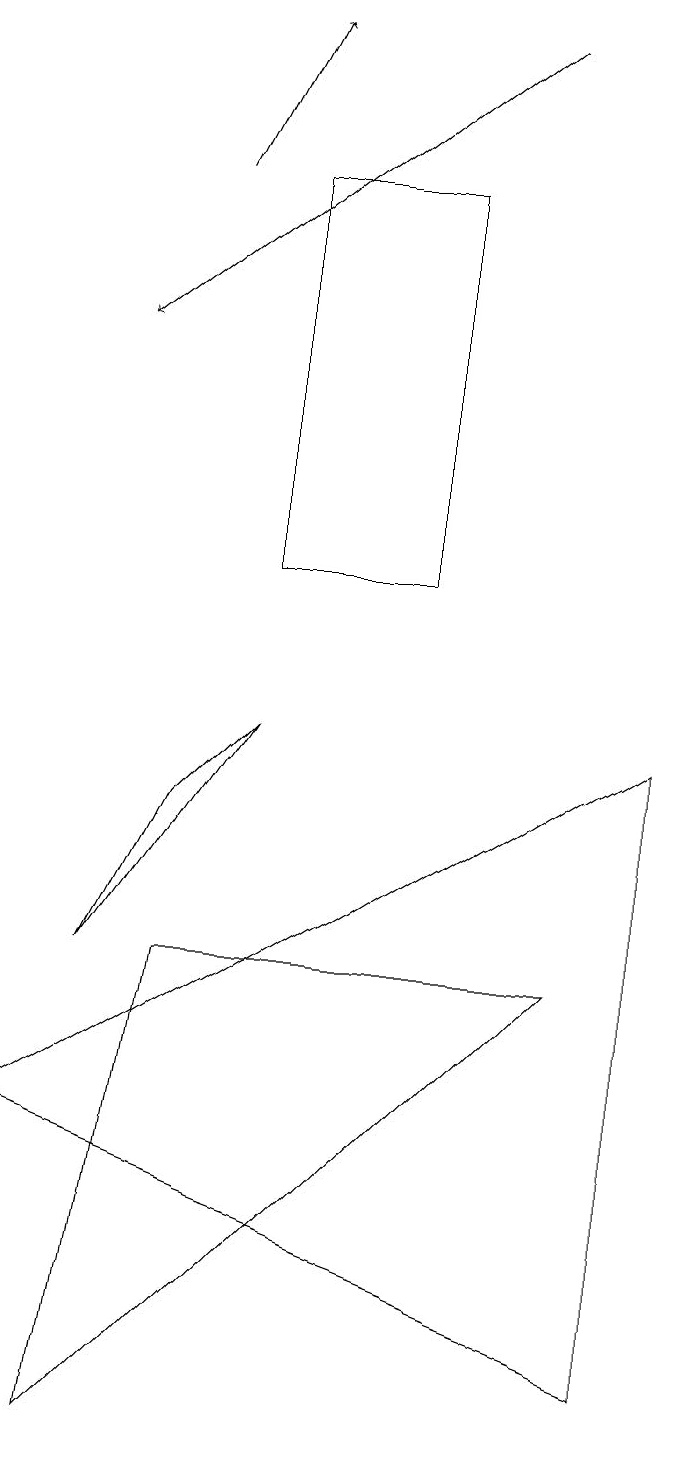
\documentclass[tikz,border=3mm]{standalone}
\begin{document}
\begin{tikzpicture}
\draw (4,9) -- (2,6) -- (3,8) -- cycle;
\draw[->] (7,18) -- (2,14);
\draw (9,1) -- (9,9) -- (1,4) -- cycle;
\draw[->] (3,16) -- (4,18);
\draw (2,0) -- (3,6) -- (8,6) -- cycle;
\draw (6,11) rectangle (4,16);
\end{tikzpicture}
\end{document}